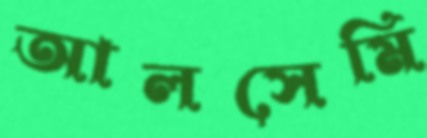
আলসেমি